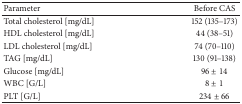
<table><thead><tr><td><b>Parameter</b></td><td><b>Before CAS</b></td></tr></thead><tbody><tr><td>Total cholesterol [mg/dL]</td><td>152 (135–173)</td></tr><tr><td>HDL cholesterol [mg/dL]</td><td>44 (38–51)</td></tr><tr><td>LDL cholesterol [mg/dL]</td><td>74 (70–110)</td></tr><tr><td>TAG [mg/dL]</td><td>130 (91–138)</td></tr><tr><td>Glucose [mg/dL]</td><td>96 ± 14</td></tr><tr><td>WBC [G/L]</td><td>8 ± 1</td></tr><tr><td>PLT [G/L]</td><td>234 ± 66</td></tr></tbody></table>